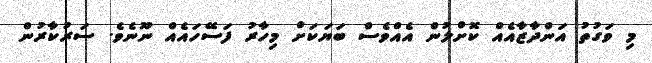
މި ވަގުތު އަންދާޒާއެއް ކޮށްލުން އެއްވެސް ބަޔަކަށް މިހާރު ފަސޭހައެއް ނޫނެވެ. ސަރުކާރުން